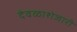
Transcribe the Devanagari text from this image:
देवळाशेजारी